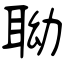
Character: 聈